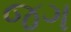
જગ